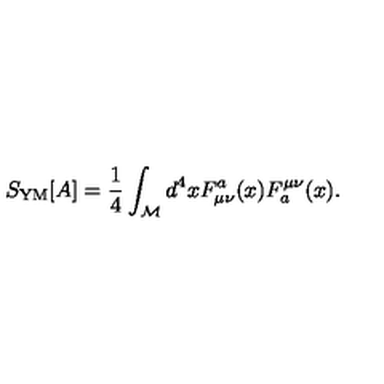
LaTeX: S _ { \mathrm { Y M } } [ A ] = \frac { 1 } { 4 } \int _ { \cal M } d ^ { 4 } x F _ { \mu \nu } ^ { a } ( x ) F _ { a } ^ { \mu \nu } ( x ) .